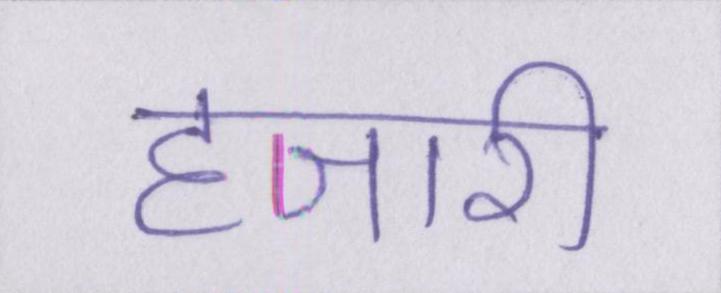
हजारी